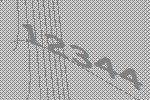
12344